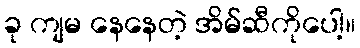
ခု ကျမ နေနေတဲ့ အိမ်ဆီကိုပေါ့။